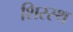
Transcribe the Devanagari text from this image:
शिरस्थ